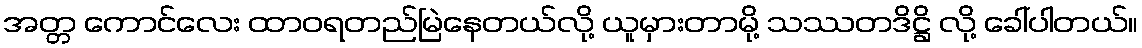
အတ္တ ကောင်လေး ထာဝရတည်မြဲနေတယ်လို့ ယူမှားတာမို့ သဿတဒိဋ္ဌိ လို့ ခေါ်ပါတယ်။